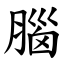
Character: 腦